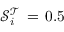
\mathcal { S } _ { i } ^ { \mathcal { T } } \, = \, 0 . 5